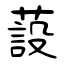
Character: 蔎